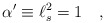
\begin{align*}\alpha^\prime \equiv \ell_s^2 = 1 \quad ,\end{align*}